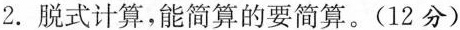
2.脱式计算，能简算的要简算。(12分)